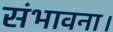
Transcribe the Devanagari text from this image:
संभावना।